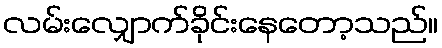
လမ်းလျှောက်ခိုင်းနေတော့သည်။